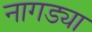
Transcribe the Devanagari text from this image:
नागड्या